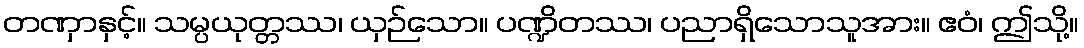
တဏှာနှင့်။ သမ္ပယုတ္တဿ၊ ယှဉ်သော။ ပဏ္ဍိတဿ၊ ပညာရှိသောသူအား။ ဧဝံ၊ ဤသို့။